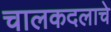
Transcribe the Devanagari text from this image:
चालकदलाचे